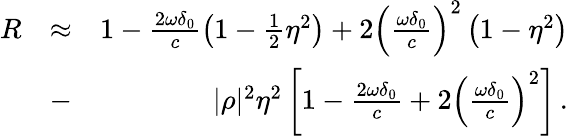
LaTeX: \begin{array}{rlr}{R}&{\approx}&{1-\frac{2\omega\delta_{0}}{c}\left(1-\frac{1}{2}\eta^{2}\right)+2\left(\frac{\omega\delta_{0}}{c}\right)^{2}\left(1-\eta^{2}\right)}\\ &{-}&{|\rho|^{2}\eta^{2}\left[1-\frac{2\omega\delta_{0}}{c}+2\left(\frac{\omega\delta_{0}}{c}\right)^{2}\right]\, .}\end{array}